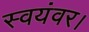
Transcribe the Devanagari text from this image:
स्वयंवर।